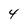
Character: 4